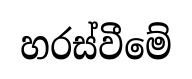
හරස්වීමේ